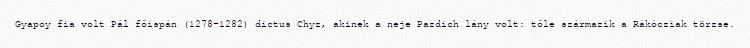
Gyapoy fia volt Pál főispán (1278–1282) dictus Chyz, akinek a neje Pazdich lány volt: tőle származik a Rákócziak törzse.